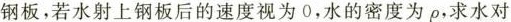
钢板，若水射上钢板后的速度视为0，水的密度为p，求水对